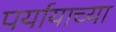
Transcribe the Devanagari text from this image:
पर्यायाच्या